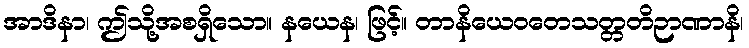
အာဒိနာ၊ ဤသို့အစရှိသော။ နယေန၊ ဖြင့်။ တာနိယေဝတေသတ္တတိဉာဏာနိ၊